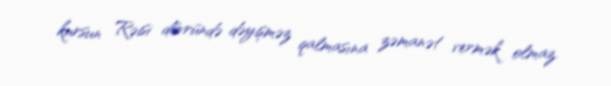
kursun Rəisi dövründə dəyişməz qalmasına zəmanət vermək olmaz.